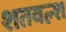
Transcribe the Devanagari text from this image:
शतवल्श